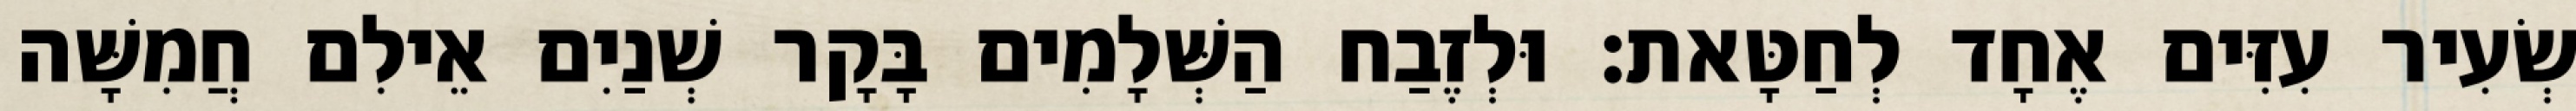
שְׂעִיר עִזִּים אֶחָד לְחַטָּאת׃ וּלְזֶבַח הַשְּׁלָמִים בָּקָר שְׁנַיִם אֵילִם חֲמִשָּׁה